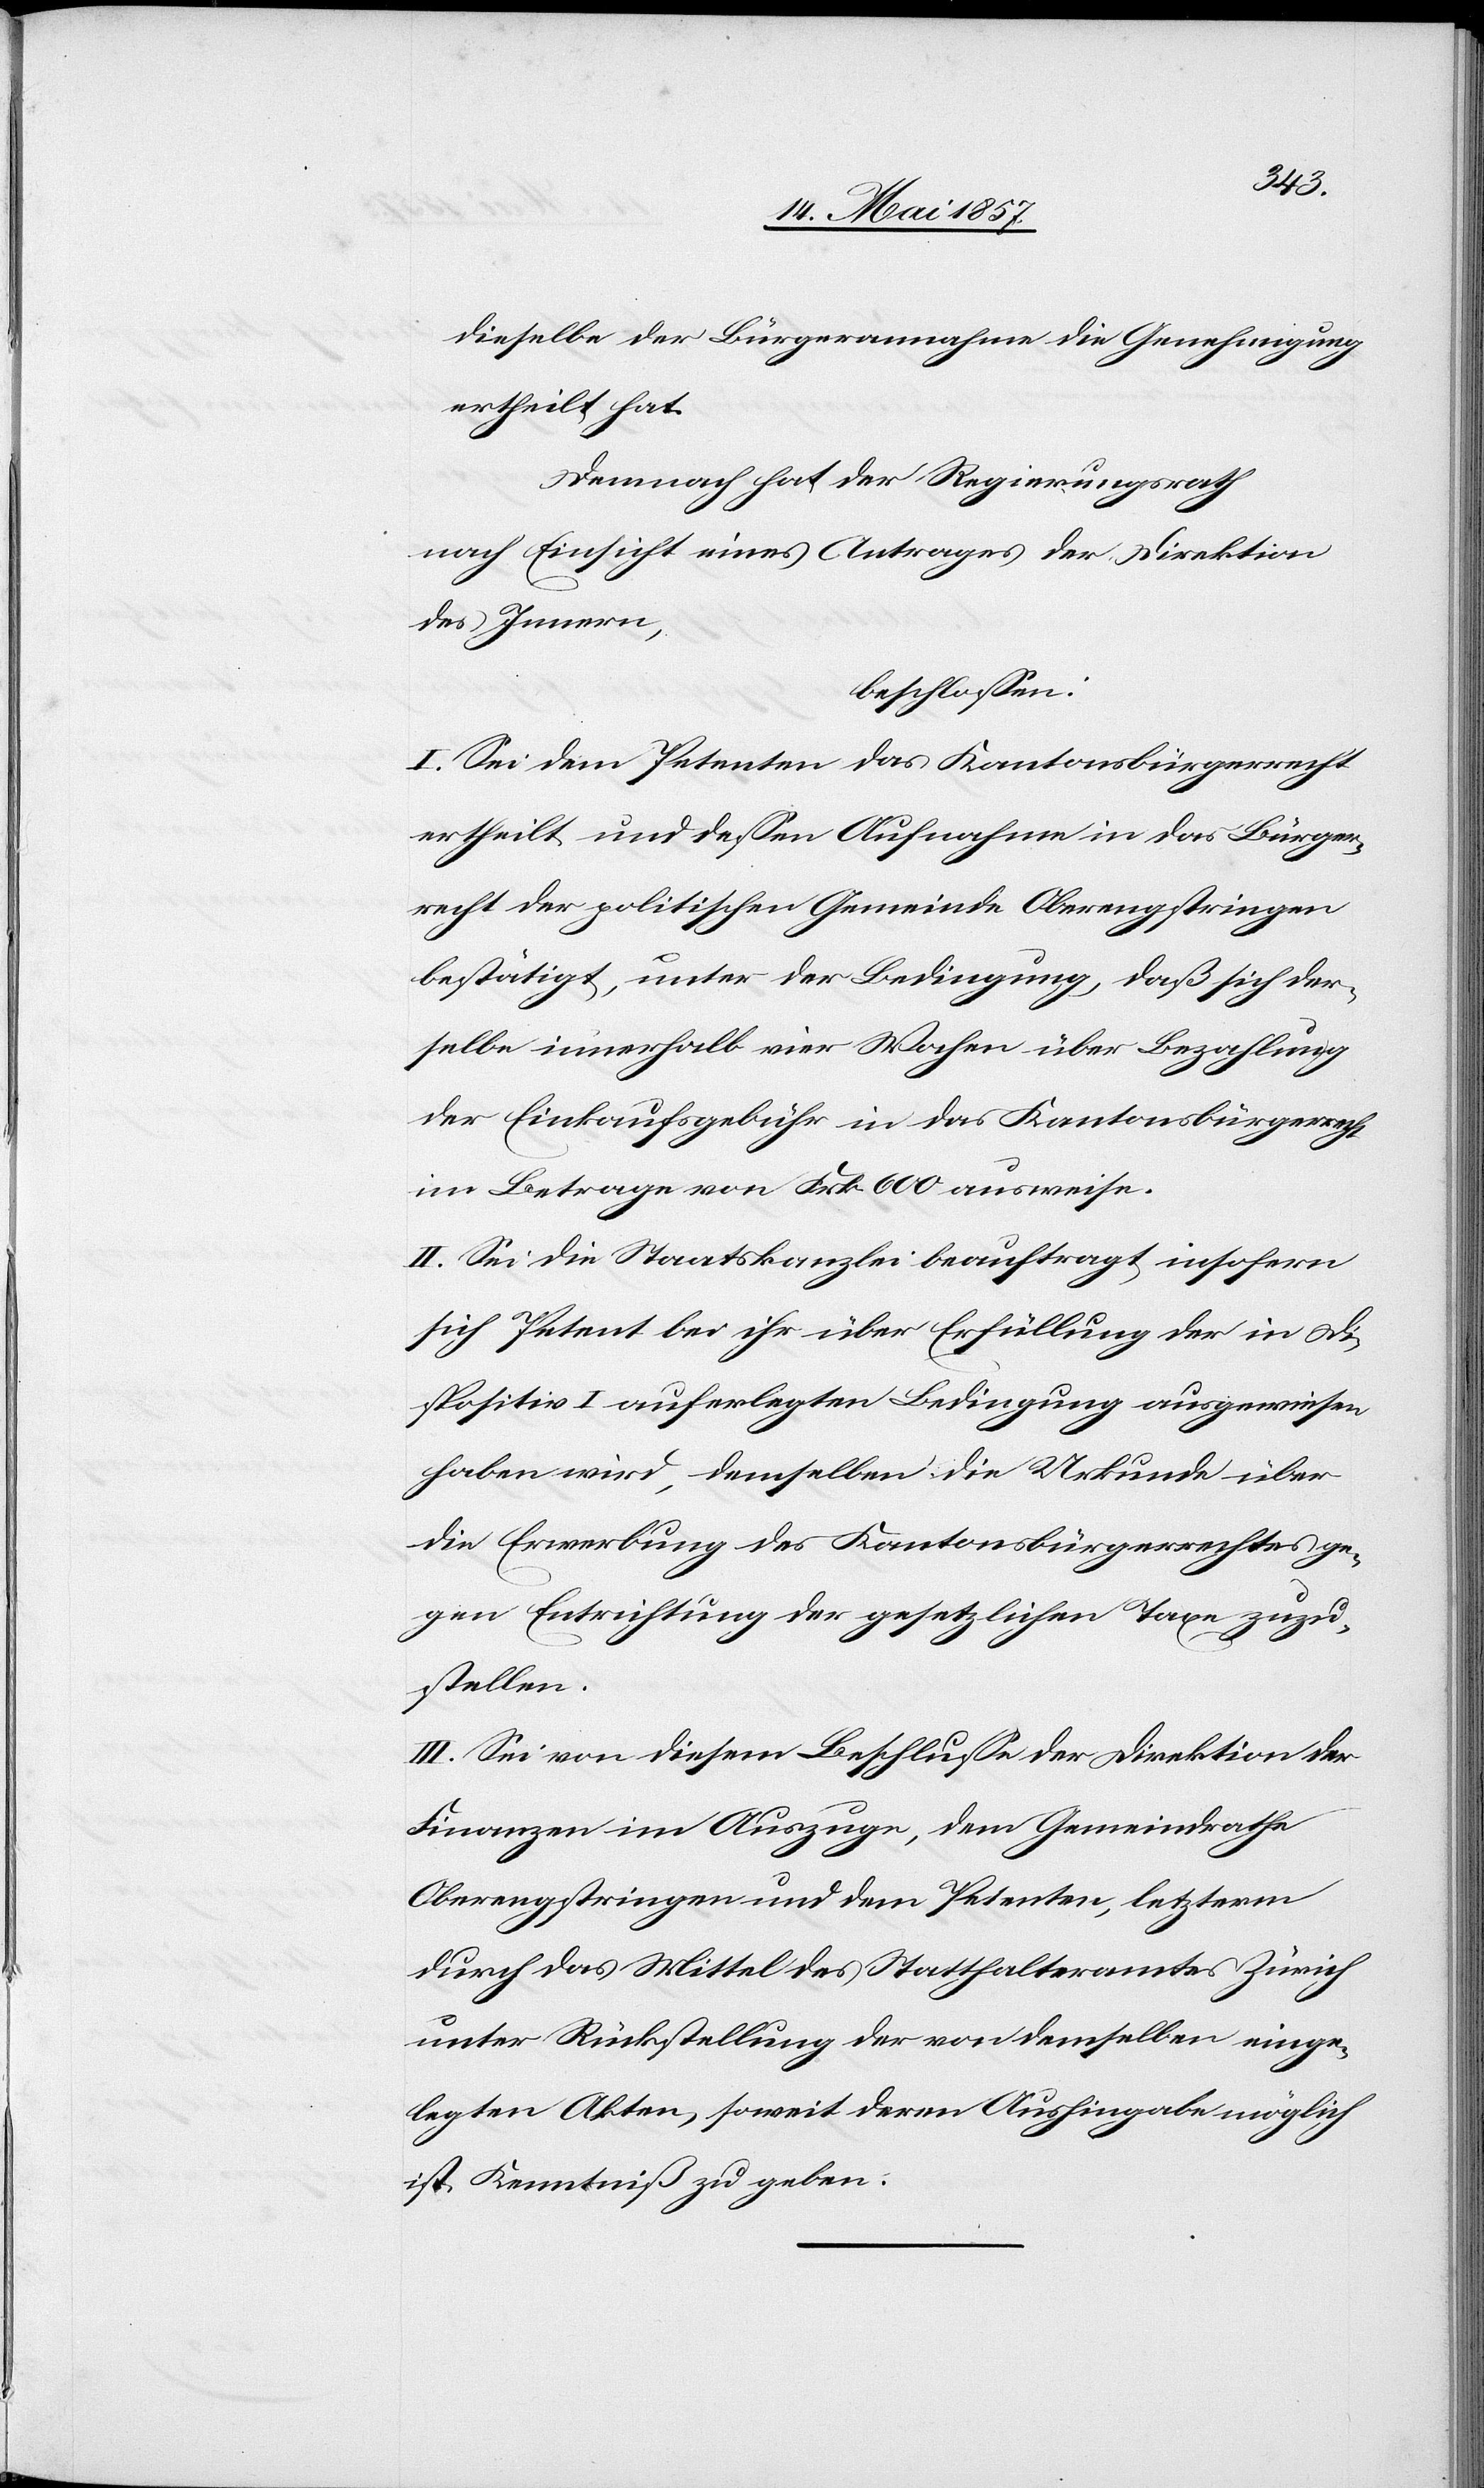
dieselbe der Bürgerannahme die Genehmigung
ertheilt hat.
Demnach hat der Regierungsrath
nach Einsicht eines Antrages der Direktion
des Innern,
beschlossen:
I. Sei dem Petenten das Kantonsbürgerrecht
ertheilt und dessen Aufnahme in das Bürger¬
recht der politischen Gemeinde Oberengstringen
bestätigt, unter der Bedingung, daß sich der¬
selbe innerhalb vier Wochen über Bezahlung
der Einkaufsgebühr in das Kantonsbürgerrecht
im Betrage von Frk. 600 ausweise.
II. Sei die Staatskanzlei beauftragt insofern
sich Petent bei ihr über Erfüllung der in Di¬
spositiv I auferlegten Bedingung ausgewiesen
haben wird, demselben die Urkunde über
die Erwerbung des Kantonsbürgerrechtes ge¬
gen Entrichtung der gesetzlichen Taxe zuzu¬
stellen.
III. Sei von diesem Beschlusse der Direktion der
Finanzen im Auszuge, dem Gemeindrathe
Oberengstringen und dem Petenten, letzterm
durch das Mittel des Statthalteramtes Zürich
unter Rückstellung der von demselben einge¬
legten Akten, soweit deren Aushingabe möglich
ist Kenntniß zu geben.